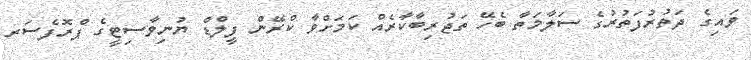
ވައިގެ ދަތުރުފަތުރުގެ ސަލާމަތާ ބެހޭ ތަޖުރިބާކާރެއް ކަމަށްވާ ކްރޭން ފީލްޑް ޔުނިވާސިޓީގެ ޕްރޮފެސަރ